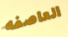
العاصفه